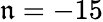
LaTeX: \mathfrak{n}=-15